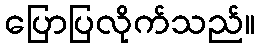
ပြောပြလိုက်သည်။